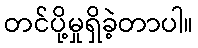
တင်ပို့မှုရှိခဲ့တာပါ။